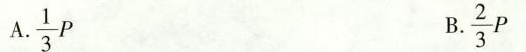
A.frac{1}{3}P B.\frac{2}{3}P